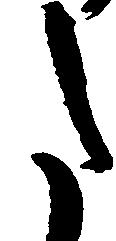
た